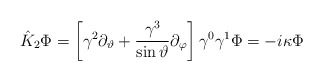
\begin{align*}{\hat K}_2\Phi =\left[ \gamma ^2\partial _\vartheta +\frac{\gamma^3}{\sin \vartheta }\partial _\varphi \right] \gamma ^0\gamma ^1\Phi=-i\kappa \Phi\end{align*}